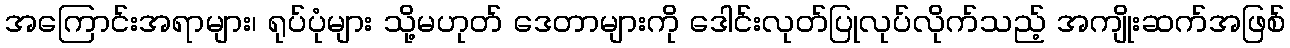
အကြောင်းအရာများ၊ ရုပ်ပုံများ သို့မဟုတ် ဒေတာများကို ဒေါင်းလုတ်ပြုလုပ်လိုက်သည့် အကျိုးဆက်အဖြစ်